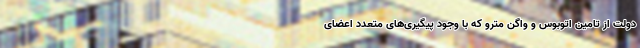
دولت از تامین اتوبوس و واگن مترو که با وجود پیگیری‌های متعدد اعضای